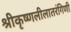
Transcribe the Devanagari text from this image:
श्रीकृष्णलीलातरंगिणी